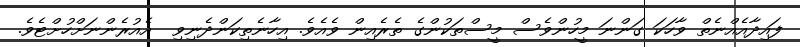
ފައިދާއެއްނެތް ވާހަކަ ގަންނަ މީހުންވެސް މީސްތަކުންގެ ތެރެއިން ވެއެވެ. އިހާނެތިކަންދެނިވި  އެއުރެންނަށްހުށްޓެވެ.